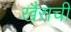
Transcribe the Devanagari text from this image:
खैराची